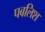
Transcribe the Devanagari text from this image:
पबलिश